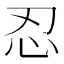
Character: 忍